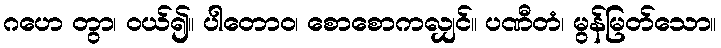
ဂဟေ တွာ၊ ဝယ်၍။ ပါတောဝ၊ စောစောကလျှင်။ ပဏီတံ၊ မွန်မြတ်သော။